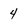
Character: 4